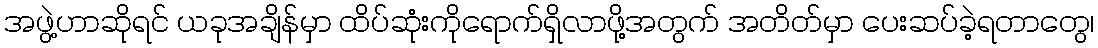
အဖွဲ့ဟာဆိုရင် ယခုအချိန်မှာ ထိပ်ဆုံးကိုရောက်ရှိလာဖို့အတွက် အတိတ်မှာ ပေးဆပ်ခဲ့ရတာတွေ၊